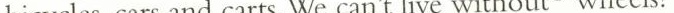
bicycles, cars and carts. We can't live without 3 wheels!"